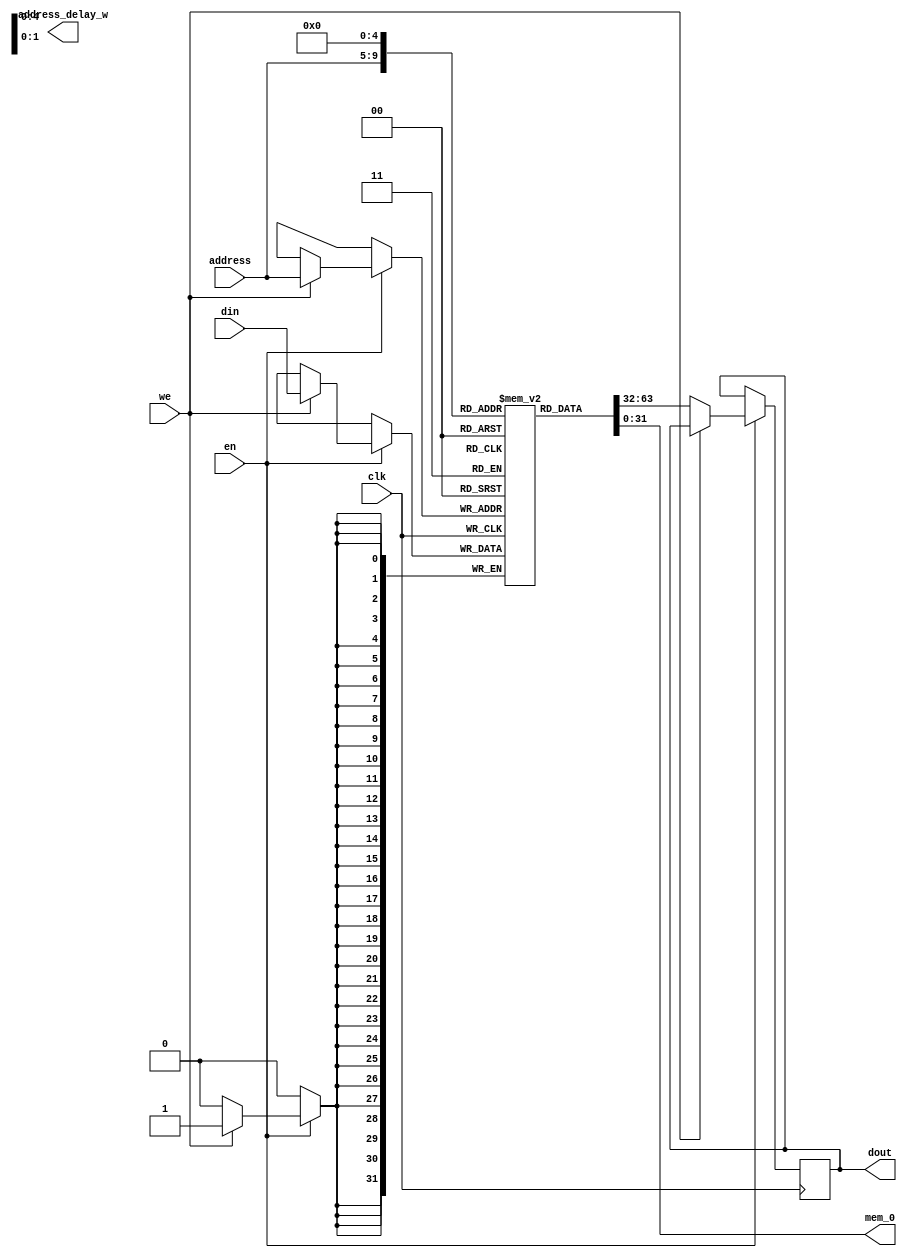
module ram_no_change #(parameter addressWidth = 5,
    dataWidth = 32)
    (input clk, we, en,
        input [addressWidth-1:0] address,
        input [dataWidth-1:0] din,
        output [addressWidth-1:0] address_delay_w,
        output [dataWidth-1:0] mem_0,
        output reg [dataWidth-1:0] dout
    );
    // Initialize the RAM
    reg [dataWidth-1:0] mem [2**addressWidth-1:0];
    reg [addressWidth-1:0] address_delay;
    always @ (posedge clk) begin
        if (en) begin
            if (we)
                mem[address] <= din;
            else
                dout <= mem[address];
        end
    end
    assign mem_0 = mem[0];
    endmodule